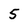
Character: 5